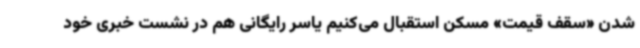
شدن «سقف قیمت» مسکن استقبال می‌کنیم یاسر رایگانی هم در نشست خبری خود